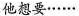
他想要……